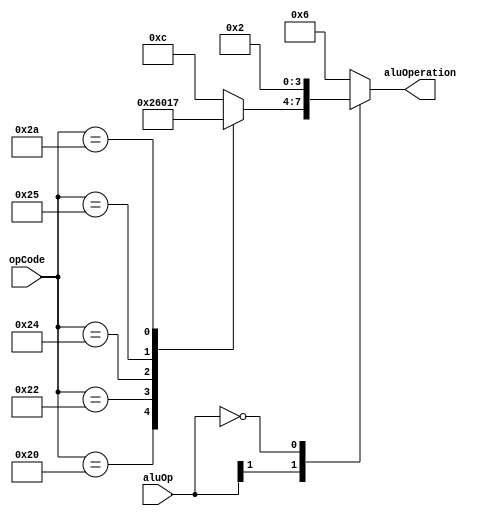
//-----------------------------------------------------
// Design Name : Mips_Processor
// Function : This file generates the ALU Operation Code
// Coder    : Waleed Chaudhry
//--------------

module aluControl (opCode, aluOp, aluOperation);
	input wire [5:0] opCode;
	input wire [1:0] aluOp;

	output reg [3:0] aluOperation;

	always @ (*) begin
		// $display("Value of aluOp is %b", aluOp);
		casex(aluOp) 
			2'b1x: begin //R-Type Instructions
		    	case(opCode)        
			        6'b100000: aluOperation = 4'b0010;    //Add
			        6'b100010: aluOperation = 4'b0110;    //Sub
			        6'b100100: aluOperation = 4'b0000;    //AND
			        6'b100101: aluOperation = 4'b0001;    //OR
			        6'b101010: aluOperation = 4'b0111;    //slt
			        default: aluOperation = 4'b1100;    //NOR 4'b1100;
		    	endcase
			end 
			// I-Type Instructions 
		    2'b00: begin // lw/sw Instuction
		        aluOperation = 4'b0010;
		    end
		    
		    default: begin // bne/bnq Instruction (aluOp == 2'bx1)
		   		aluOperation = 4'b0110;
			end
		endcase   
	end
endmodule